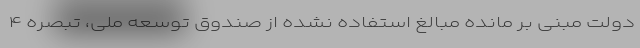
دولت مبنی بر مانده مبالغ استفاده نشده از صندوق توسعه ملی، تبصره ۴